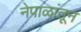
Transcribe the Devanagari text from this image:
नेपाळांतून